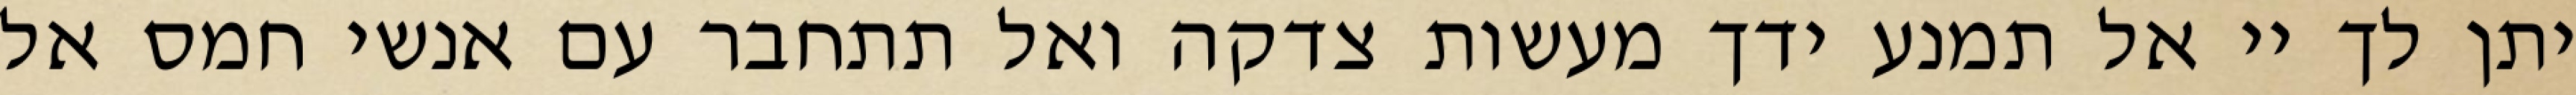
יתן לך יי אל תמנע ידך מעשות צדקה ואל תתחבר עם אנשי חמס אל